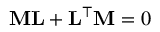
\mathbf { M } \mathbf { L } + \mathbf { L } ^ { \top } \mathbf { M } = 0